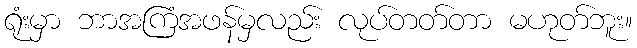
ရုံးမှာ ဘာအကြံအဖန်မှလည်း လုပ်တတ်တာ မဟုတ်ဘူး။